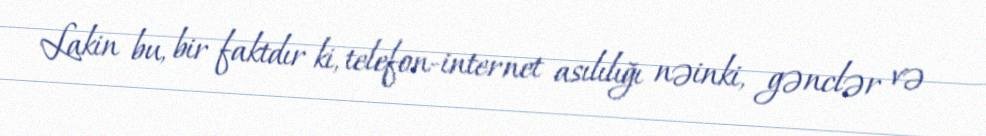
Lakin bu, bir faktdır ki, telefon-internet asılılığı nəinki, gənclər və